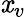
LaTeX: \mathit{x}_{v}